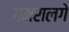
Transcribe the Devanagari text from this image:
गमरालगे